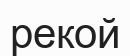
рекой